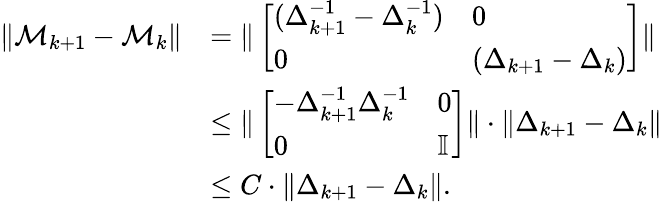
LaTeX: \begin{array}{rl}{\Vert\mathcal M_{k+1}-\mathcal M_{k}\Vert}&{=\Vert\left[\begin{array}{ll}{(\Delta_{k+1}^{-1}-\Delta_{k}^{-1})}&{0}\\ {0}&{(\Delta_{k+1}-\Delta_{k})}\end{array}\right]\Vert}\\ &{\leq\Vert\left[\begin{array}{ll}{-\Delta_{k+1}^{-1}\Delta_{k}^{-1}}&{0}\\ {0}&{\mathbb I}\end{array}\right]\Vert\cdot\Vert\Delta_{k+1}-\Delta_{k}\Vert}\\ &{\leq C\cdot\Vert\Delta_{k+1}-\Delta_{k}\Vert.}\end{array}